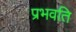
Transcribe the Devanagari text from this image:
प्रभवति